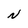
Character: N